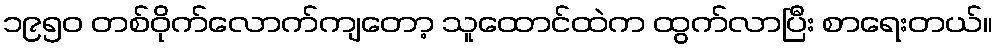
၁၉၅၀ တစ်ဝိုက်လောက်ကျတော့ သူထောင်ထဲက ထွက်လာပြီး စာရေးတယ်။